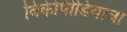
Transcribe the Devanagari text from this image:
विकीपीडियाचा